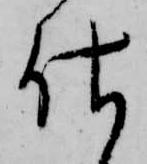
仕